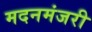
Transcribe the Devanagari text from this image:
मदनमंजरी